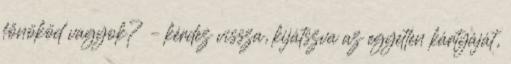
főnököd vagyok? – kérdez vissza, kijátszva az egyetlen kártyáját,